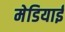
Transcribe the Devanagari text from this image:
मेडियाई